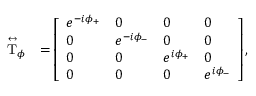
\begin{array} { r l } { \stackrel { \leftrightarrow } { \mathrm { T } } _ { \phi } } & { = \left[ \begin{array} { l l l l } { e ^ { - i \phi _ { + } } } & { 0 } & { 0 } & { 0 } \\ { 0 } & { e ^ { - i \phi _ { - } } } & { 0 } & { 0 } \\ { 0 } & { 0 } & { e ^ { i \phi _ { + } } } & { 0 } \\ { 0 } & { 0 } & { 0 } & { e ^ { i \phi _ { - } } } \end{array} \right] , } \end{array}